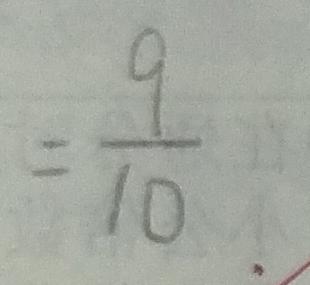
= \frac { 9 } { 1 0 }